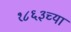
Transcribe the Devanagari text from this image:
१८६३च्या